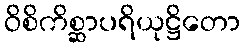
ဝိစိကိစ္ဆာပရိယုဋ္ဌိတော